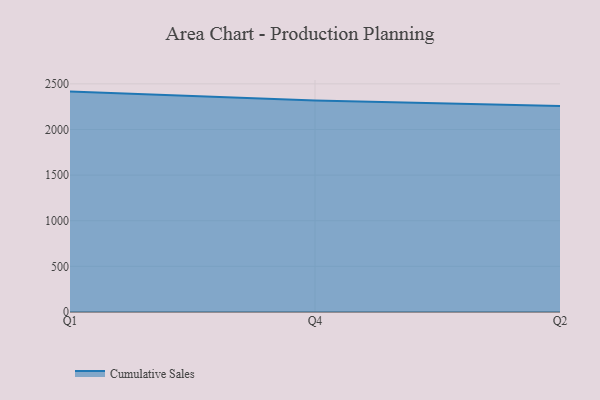
{"axis": {"x": "Quarter", "y": "Temperature (°C)"}, "legend": ["Cumulative Sales"], "data": [{"x": "Q1", "y": 2415.2, "type": "Cumulative Sales"}, {"x": "Q4", "y": 2318.5, "type": "Cumulative Sales"}, {"x": "Q2", "y": 2256.1, "type": "Cumulative Sales"}]}